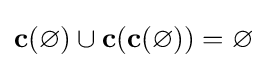
\mathbf {c} (\varnothing )\cup \mathbf {c} (\mathbf {c} (\varnothing ))=\varnothing